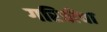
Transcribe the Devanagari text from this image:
गरिबीचा